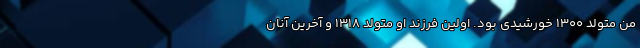
من متولد 1300 خورشیدی بود. اولین فرزند او متولد 1318 و آخرین آنان